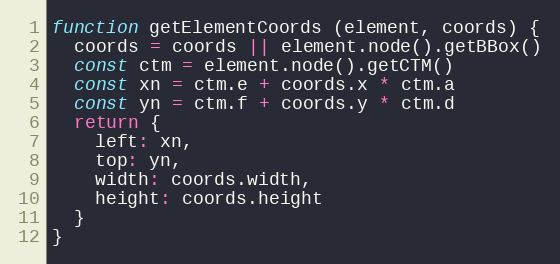
Language: JavaScript
function getElementCoords (element, coords) {
  coords = coords || element.node().getBBox()
  const ctm = element.node().getCTM()
  const xn = ctm.e + coords.x * ctm.a
  const yn = ctm.f + coords.y * ctm.d
  return {
    left: xn,
    top: yn,
    width: coords.width,
    height: coords.height
  }
}